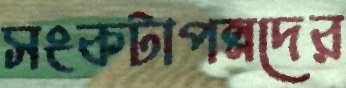
সংকটাপন্নদের